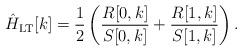
LaTeX: \begin{align*}\hat H_{\rm{LT}}[k] &= \frac{1}{2} \left( \frac{R[0, k]}{S[0, k]} + \frac{R[1, k]}{S[1, k]} \right).\end{align*}